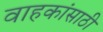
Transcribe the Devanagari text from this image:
वाहकांसाठी